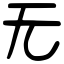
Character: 无